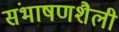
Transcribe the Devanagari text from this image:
संभाषणशैली